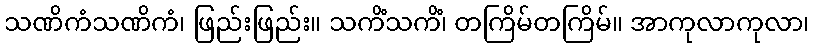
သဏိကံသဏိကံ၊ ဖြည်းဖြည်း။ သကိံသကိံ၊ တကြိမ်တကြိမ်။ အာကုလာကုလာ၊